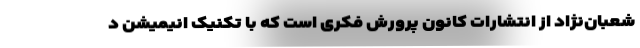
شعبان‌نژاد از انتشارات کانون پرورش فکری است که با تکنیک انیمیشن د